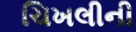
ચિખલીની